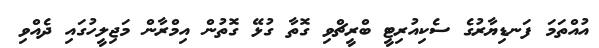
އުއްތަމަ ފަނޑިޔާރުގެ ސެކިއުރިޓީ ބްރީޗްވި ގޮތާ ގުޅޭ ގޮތުން އިމްރާން މަޖިލީހުގައި ދެއްވި